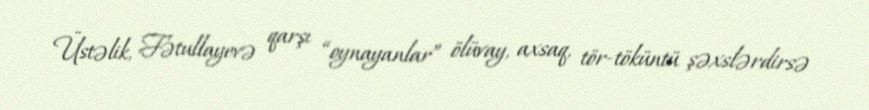
Üstəlik, Fətullayevə qarşı “oynayanlar” ölüvay, axsaq, tör-töküntü şəxslərdirsə